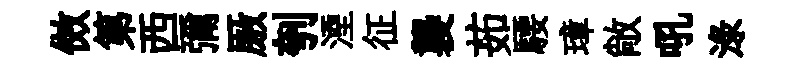
傚第西彌厫刳湮征襲茹騕璋敞吼渌